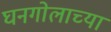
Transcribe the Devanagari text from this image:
घनगोलाच्या